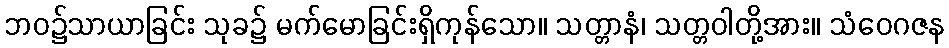
ဘဝ၌သာယာခြင်း သုခ၌ မက်မောခြင်းရှိကုန်သော။ သတ္တာနံ၊ သတ္တဝါတို့အား။ သံဝေဂဇန